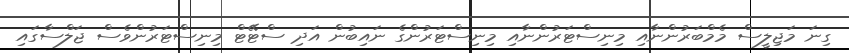
ގިނަ މަޖިލީސް މެމްބަރުންނާއި މިނިސްޓަރުންނާއި މިނިސްޓަރުންގެ ނައިބުން އަދި ސްޓޭޓް މިނިސްޓަރުންވެސް ޖަލްސާގައި